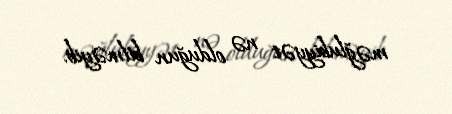
məğlubiyyət nə olduğun bilməyib.